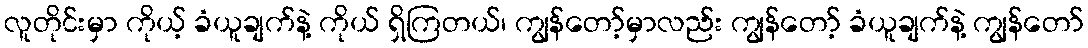
လူတိုင်းမှာ ကိုယ့် ခံယူချက်နဲ့ ကိုယ် ရှိကြတယ်၊ ကျွန်တော့်မှာလည်း ကျွန်တော့် ခံယူချက်နဲ့ ကျွန်တော်